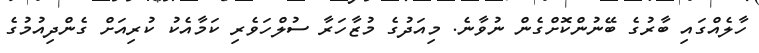
ހާލެއްގައި ބާރުގެ ބޭނުންކޮށްގެން ނުވާނެ. މިއަދުގެ މުޒާހަރާ ސުލްހަވެރި ކަމާއެކު ކުރިއަށް ގެންދިއުމުގެ